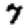
Digit: 7